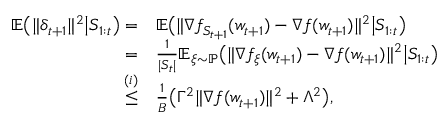
\begin{array} { r l } { \mathbb { E } \big ( \| \delta _ { t + 1 } \| ^ { 2 } \big | S _ { 1 : t } \big ) = } & { \mathbb { E } \big ( \| \nabla f _ { S _ { t + 1 } } ( w _ { t + 1 } ) - \nabla f ( w _ { t + 1 } ) \| ^ { 2 } \big | S _ { 1 : t } \big ) } \\ { = } & { \frac { 1 } { | S _ { t } | } \mathbb { E } _ { \xi \sim \mathbb { P } } \big ( \| \nabla f _ { \xi } ( w _ { t + 1 } ) - \nabla f ( w _ { t + 1 } ) \| ^ { 2 } \big | S _ { 1 : t } \big ) } \\ { \overset { ( i ) } { \le } } & { \frac { 1 } { B } \big ( \Gamma ^ { 2 } \| \nabla f ( w _ { t + 1 } ) \| ^ { 2 } + \Lambda ^ { 2 } \big ) , } \end{array}